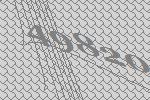
49820